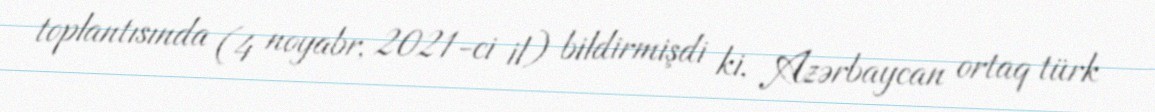
toplantısında (4 noyabr, 2021-ci il) bildirmişdi ki, Azərbaycan ortaq türk